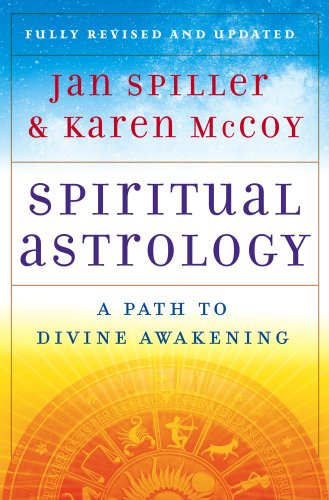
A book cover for Spiritual Astrology: A Path to Divine Awakening; Jan Spiller; Religion & Spirituality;